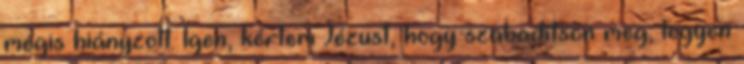
mégis hiányzott. Igen, kértem Jézust, hogy szabadítson meg, legyen